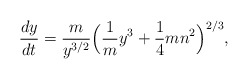
\begin{align*}{dy \over dt} = {m \over y^{3/2}}\Big({1 \over m} y^3 + {1 \over 4} mn^2 \Big)^{2/3},\end{align*}